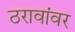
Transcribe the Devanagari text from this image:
ठरावांवर